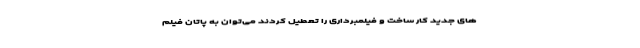
های جدید کار ساخت و فیلمبرداری را تعطیل کردند می‌توان به پاتان فیلم